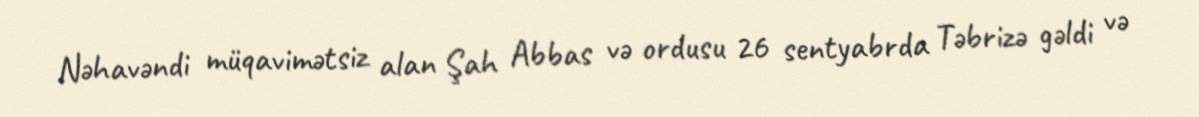
Nəhavəndi müqavimətsiz alan Şah Abbas və ordusu 26 sentyabrda Təbrizə gəldi və